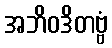
အဘိဝဒိတဗ္ဗံ